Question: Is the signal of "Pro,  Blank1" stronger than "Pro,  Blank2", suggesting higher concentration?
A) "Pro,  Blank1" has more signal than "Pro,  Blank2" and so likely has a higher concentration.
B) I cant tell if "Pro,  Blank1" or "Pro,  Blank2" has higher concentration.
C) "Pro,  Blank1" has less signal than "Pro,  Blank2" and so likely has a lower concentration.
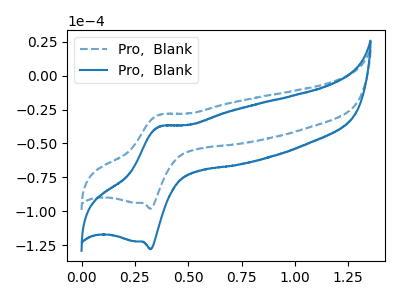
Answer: <think>The blue dashed curve "Pro,  Blank1" has an anodic peak at (0.35V, -28.90uA) and a cathodic peak at (0.30V, -98.20uA). The blue curve "Pro,  Blank2" has an anodic peak at (0.35V, -37.65uA) and a cathodic peak at (0.30V, -128.05uA).
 All the peaks in "Pro,  Blank1" have a peak in "Pro,  Blank2" at the same potential.</think>
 <answer>B) I cant tell if "Pro,  Blank1" or "Pro,  Blank2" has higher concentration.</answer>
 <eval>B</eval>